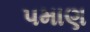
પમાણ